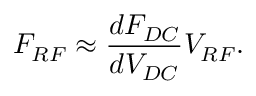
F _ { R F } \approx \frac { d F _ { D C } } { d V _ { D C } } V _ { R F } .